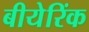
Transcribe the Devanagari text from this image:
बीयेरिंक